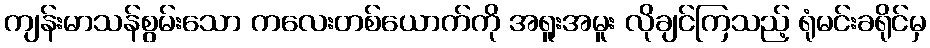
ကျန်းမာသန်စွမ်းသော ကလေးတစ်ယောက်ကို အရူးအမူး လိုချင်ကြသည့် ရုံမင်းခရိုင်မှ